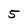
Character: 5